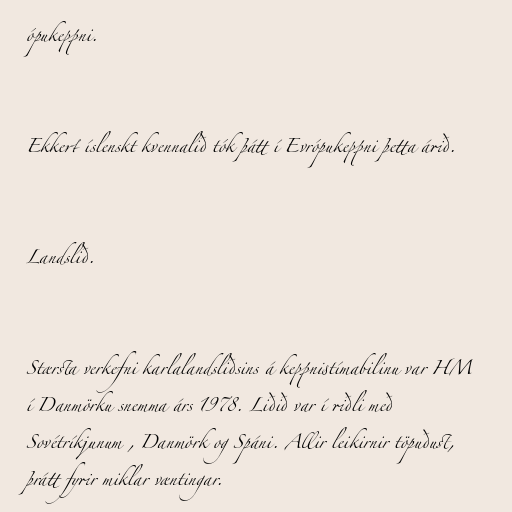
ópukeppni.

Ekkert íslenskt kvennalið tók þátt í Evrópukeppni þetta árið.

Landslið.

Stærsta verkefni karlalandsliðsins á keppnistímabilinu var HM
í Danmörku snemma árs 1978. Liðið var í riðli með
Sovétríkjunum , Danmörk og Spáni. Allir leikirnir töpuðust,
þrátt fyrir miklar væntingar.